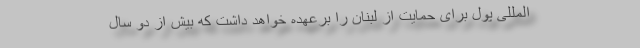
المللی پول برای حمایت از لبنان را برعهده خواهد داشت که بیش از دو سال